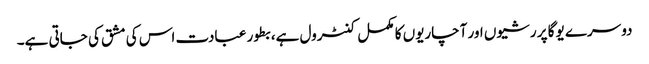
دوسرے یوگا پر رشیوں اور آچاریوں کا مکمل کنٹرول ہے، بطور عبادت اس کی مشق کی جاتی ہے۔